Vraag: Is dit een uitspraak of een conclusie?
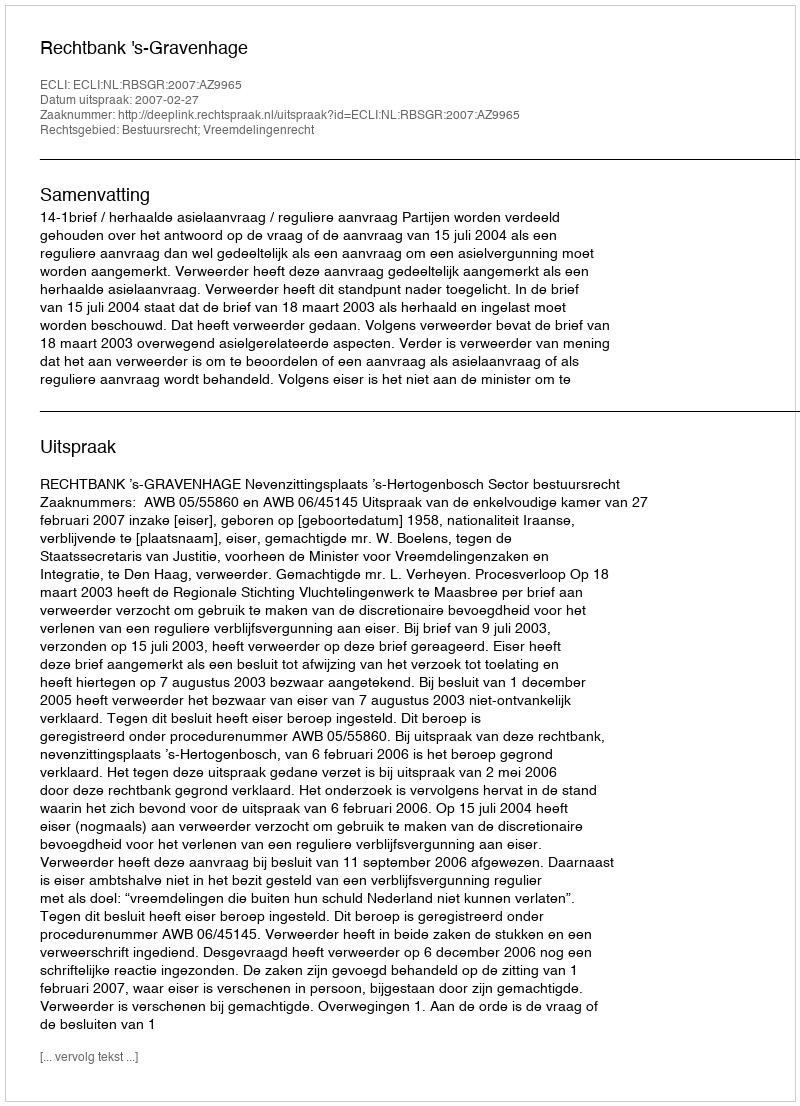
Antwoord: Uitspraak